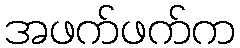
အဖက်ဖက်က